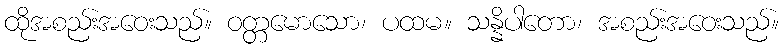
ထိုအစည်းအဝေးသည်။ ဝတ္တမောသော၊ ပထမ။ သန္နိပါတော၊ အစည်းအဝေးသည်။